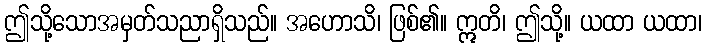
ဤသို့သောအမှတ်သညာရှိသည်။ အဟောသိ၊ ဖြစ်၏။ ဣတိ၊ ဤသို့။ ယထာ ယထာ၊